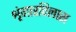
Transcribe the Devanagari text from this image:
शृंगारविलास